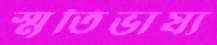
স্মৃতিভাষ্য